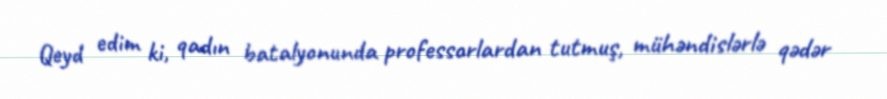
Qeyd edim ki, qadın batalyonunda professorlardan tutmuş, mühəndislərlə qədər